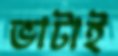
ভাটাই